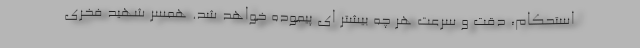
استحکام، دقت و سرعت هر چه بیشتر ای پیموده خواهد شد. همسر شهید فخری